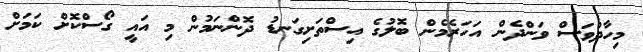
މިހާދުވަސް ވަންދެން އަހަރެމެން ބޮލުގެ އިސްތަށިގަނޑު ދޮންނަމުން މި އައީ ގޯސްކޮށް ކަމަށް